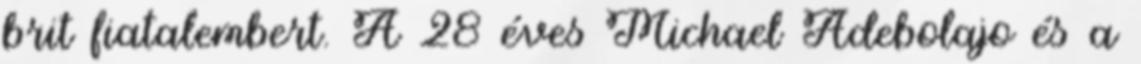
brit fiatalembert. A 28 éves Michael Adebolajo és a